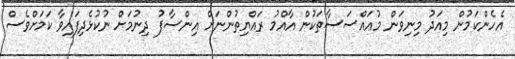
އެހެންކަމުން މިއަދު މިނިވަން މުއައްސަސާތަކުން އާއްމު ރައްޔިތުންނަށް އިންސާފު ދިނުމަށް ނުކުޅެދިފައިވާ ކަަމަށްވެސް